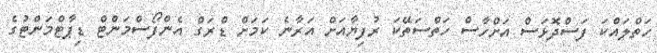
ހަތްލައްކަ ފަސްދޮޅަސް އަށްހާސް ހަތްސަތޭކަ ރުފިޔާއަށް އަރާނެ ކަމަށް ޑްރަގް އެންފޯސްމަންޓް ޑިޕާޓްމަންޓުގެ